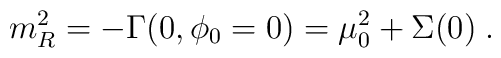
m^2_R=-\Gamma(0, \phi_0=0)=\mu_0^2 +\Sigma(0) \; .